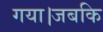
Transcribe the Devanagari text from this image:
गया।जबकि